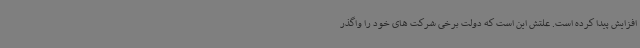
افزایش پیدا کرده است. علتش این است که دولت برخی شرکت های خود را واگذر